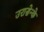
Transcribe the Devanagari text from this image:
उरासेन्के